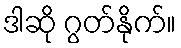
ဒါဆို ဂွတ်နိုက်။